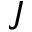
\j